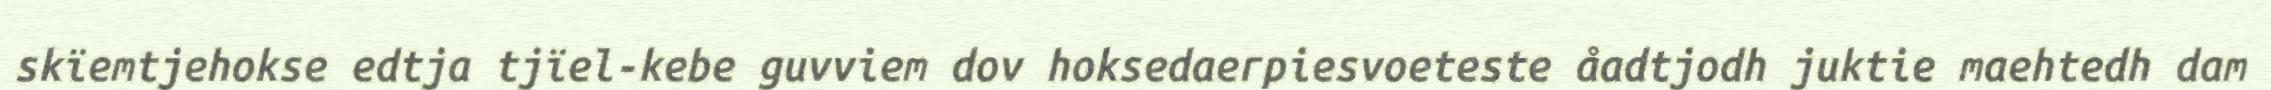
skïemtjehokse edtja tjïel-kebe guvviem dov hoksedaerpiesvoeteste åadtjodh juktie maehtedh dam